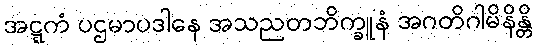
အဋ္ဋကံ ပဌမာပဒါနေ အသညတဘိက္ခူနံ အဂတိဂါမိနိန္တိ